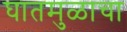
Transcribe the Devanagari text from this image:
घातमुळाचा